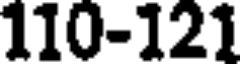
110-121